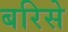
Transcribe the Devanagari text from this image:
बरिसे